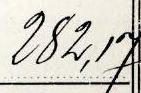
282,17